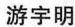
游宇明